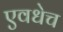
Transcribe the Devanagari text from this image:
एवधेच